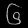
Digit: ၆